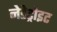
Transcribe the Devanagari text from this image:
नेडेट्रोइट